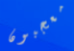
معجبون